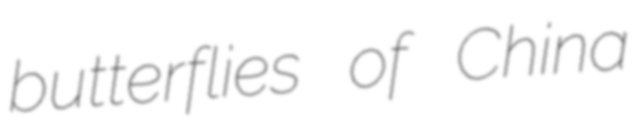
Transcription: butterflies of China